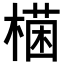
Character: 𣙊